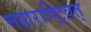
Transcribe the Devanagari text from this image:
महाराष्ट्रिवत्